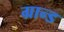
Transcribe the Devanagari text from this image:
ग्रान्ड